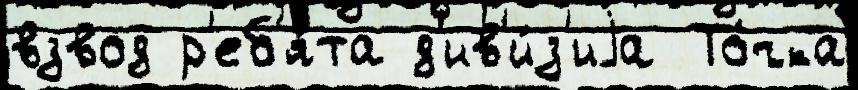
взвод р'еб'я́та д'ив'и́з'иjа То́чка